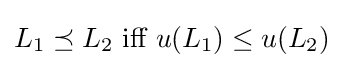
L_{1}\preceq L_{2}{\text{ iff }}u(L_{1})\leq u(L_{2})